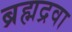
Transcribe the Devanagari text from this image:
ब्रह्मद्रवा